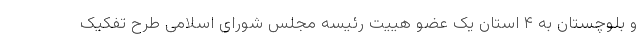
و بلوچستان به ۴ استان یک عضو هییت رئیسه مجلس شورای اسلامی طرح تفکیک